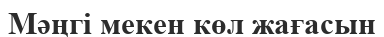
Мәңгі мекен көл жағасын